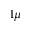
1 \mu